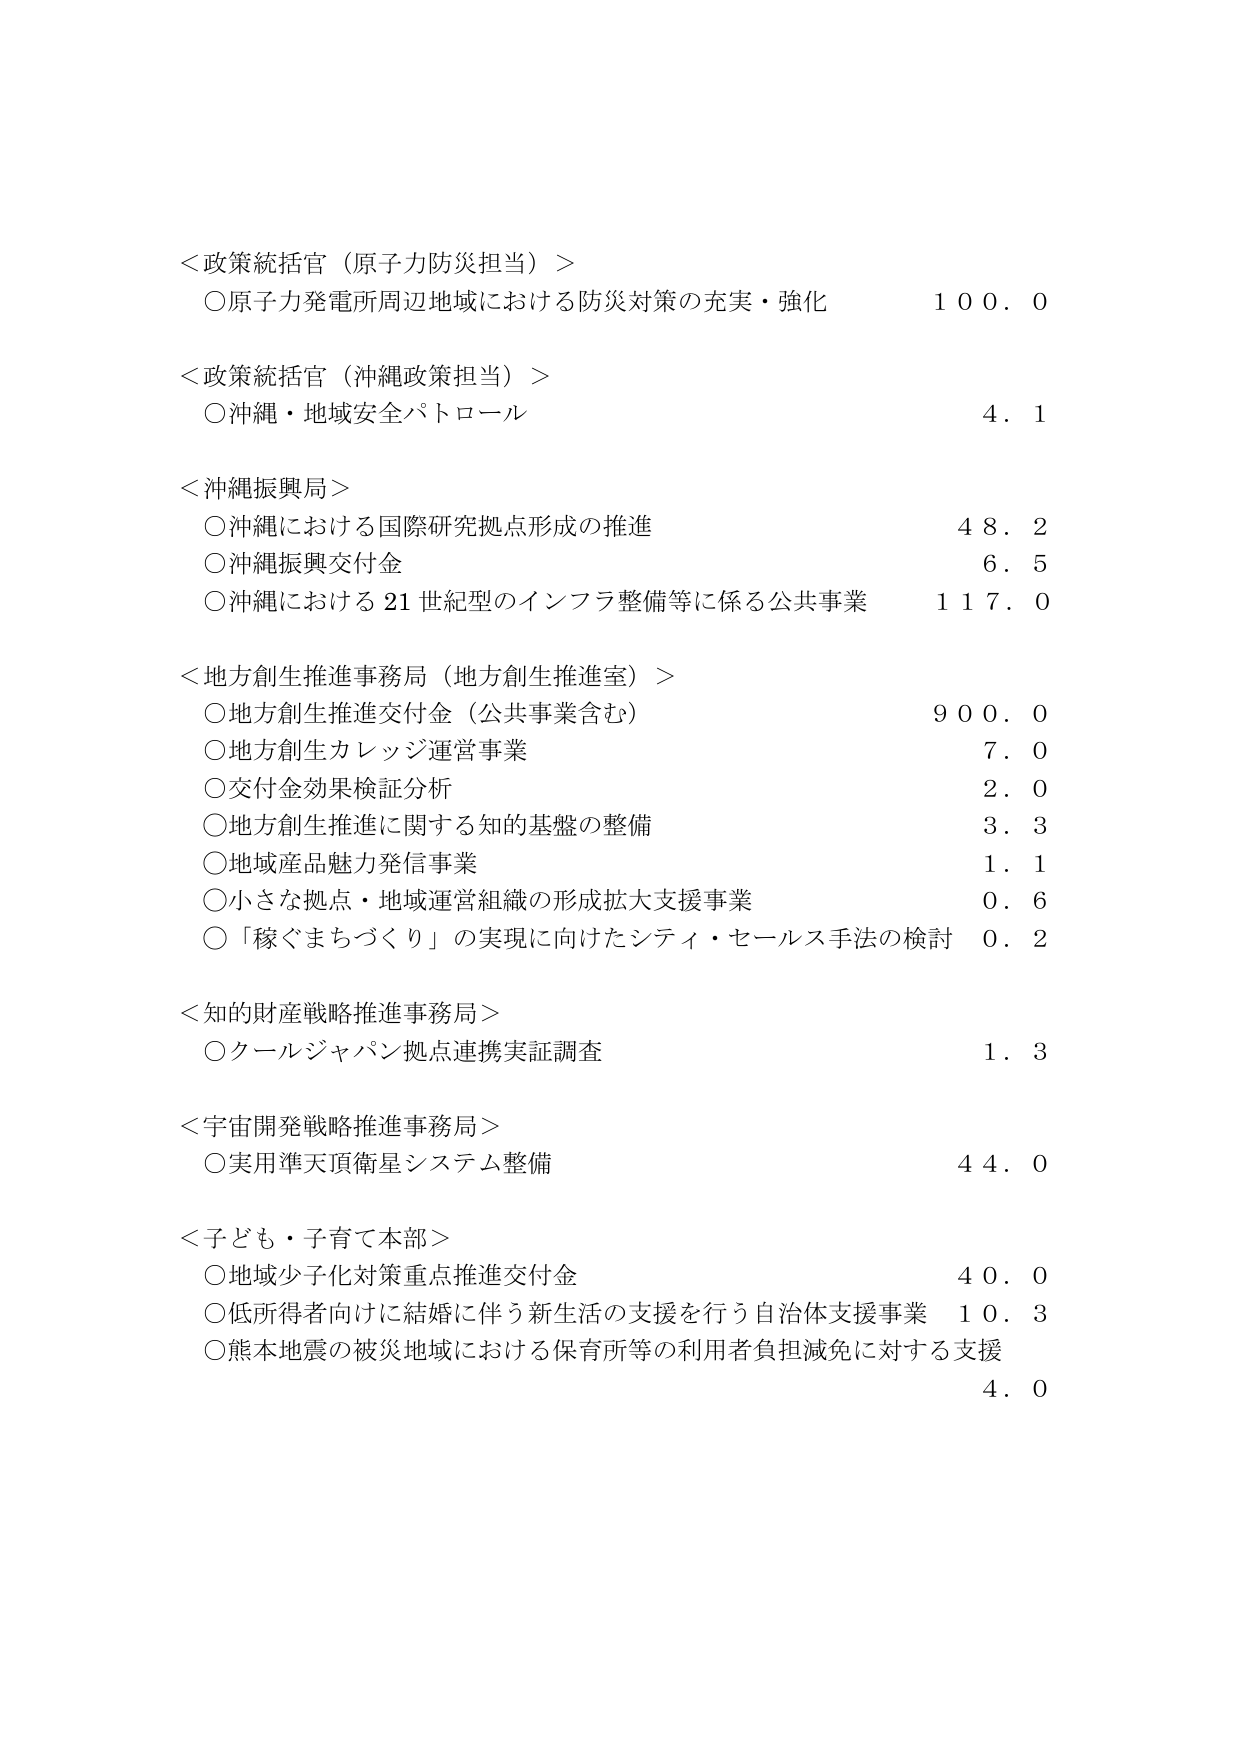
＜政策統括官（原子力防災担当）＞
○原子力発電所周辺地域における防災対策の充実・強化　　100.0

＜政策統括官（沖縄政策担当）＞
○沖縄・地域安全パトロール　　4.1

＜沖縄振興局＞
○沖縄における国際研究拠点形成の推進　　48.2
○沖縄振興交付金　　6.5
○沖縄における21世紀型のインフラ整備等に係る公共事業　　117.0

＜地方創生推進事務局（地方創生推進室）＞
○地方創生推進交付金（公共事業含む）　　900.0
○地方創生カレッジ運営事業　　7.0
○交付金効果検証分析　　2.0
○地方創生推進に関する知的基盤の整備　　3.3
○地域産品魅力発信事業　　1.1
○小さな拠点・地域運営組織の形成拡大支援事業　　0.6
○「稼ぐまちづくり」の実現に向けたシティ・セールス手法の検討　　0.2

＜知的財産戦略推進事務局＞
○クールジャパン拠点連携実証調査　　1.3

＜宇宙開発戦略推進事務局＞
○実用準天頂衛星システム整備　　44.0

＜子ども・子育て本部＞
○地域少子化対策重点推進交付金　　40.0
○低所得者向けに結婚に伴う新生活の支援を行う自治体支援事業　　10.3
○熊本地震の被災地域における保育所等の利用者負担減免に対する支援　　4.0